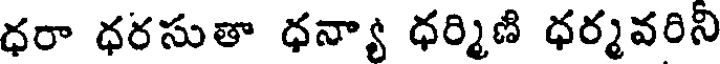
ధరా ధరసుతా ధన్యా ధర్మిణి ధర్మవరిని